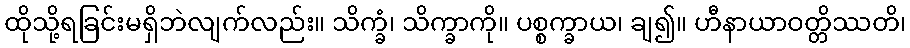
ထိုသို့ရခြင်းမရှိဘဲလျက်လည်း။ သိက္ခံ၊ သိက္ခာကို။ ပစ္စက္ခာယ၊ ချ၍။ ဟီနာယာဝတ္တိဿတိ၊